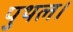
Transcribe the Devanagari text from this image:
पुथल।